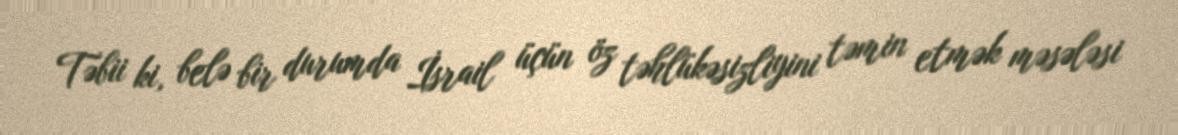
Təbii ki, belə bir durumda İsrail üçün öz təhlükəsizliyini təmin etmək məsələsi